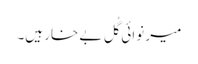
میر نوائی گُلِ بے خار ہیں۔